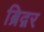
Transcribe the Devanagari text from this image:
ब्रिद्गर